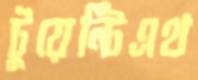
টুয়েন্টিএথ